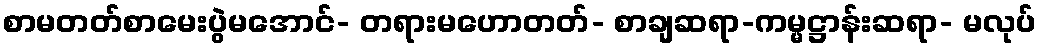
စာမတတ်စာမေးပွဲမအောင်- တရားမဟောတတ်- စာချဆရာ-ကမ္မဋ္ဌာန်းဆရာ- မလုပ်